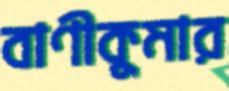
বাণীকুমার